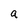
Character: a